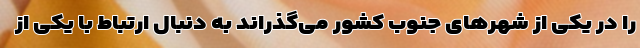
را در یکی از شهرهای جنوب کشور می‌گذراند به دنبال ارتباط با یکی از